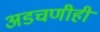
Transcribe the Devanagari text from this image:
अडचणीही